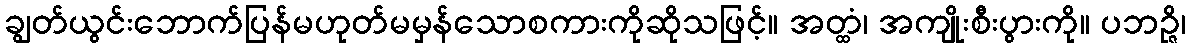
ချွတ်ယွင်းဘောက်ပြန်မဟုတ်မမှန်သောစကားကိုဆိုသဖြင့်။ အတ္ထံ၊ အကျိုးစီးပွားကို။ ပဘဉ္ဇိ၊